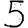
Digit: 5